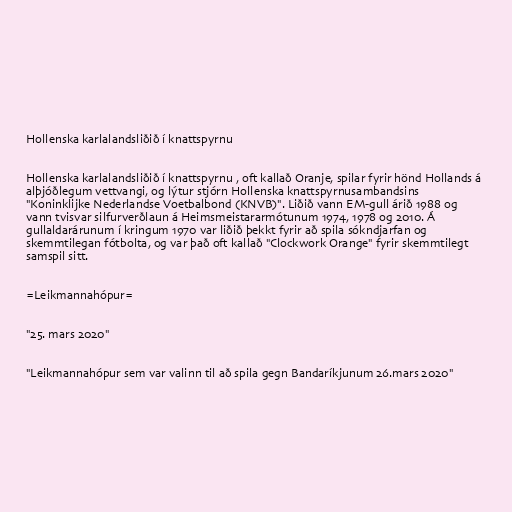
Hollenska karlalandsliðið í knattspyrnu

Hollenska karlalandsliðið í knattspyrnu , oft kallað Oranje, spilar fyrir hönd Hollands á
alþjóðlegum vettvangi, og lýtur stjórn Hollenska knattspyrnusambandsins
"Koninklijke Nederlandse Voetbalbond (KNVB)". Liðið vann EM-gull árið 1988 og
vann tvisvar silfurverðlaun á Heimsmeistararmótunum 1974, 1978 og 2010. Á
gullaldarárunum í kringum 1970 var liðið þekkt fyrir að spila sókndjarfan og
skemmtilegan fótbolta, og var það oft kallað "Clockwork Orange" fyrir skemmtilegt
samspil sitt.

=Leikmannahópur=

"25. mars 2020"

"Leikmannahópur sem var valinn til að spila gegn Bandaríkjunum 26.mars 2020"